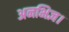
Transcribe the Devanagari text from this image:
अनभिज्ञ।